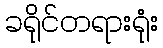
ခရိုင်တရားရုံး